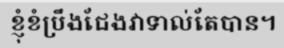
ខ្ញុំខំប្រឹងជែងវាទាល់តែបាន។